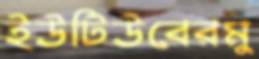
ইউটিউবেরমু